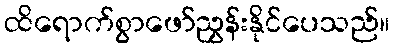
ထိရောက်စွာဖော်ညွှန်းနိုင်ပေသည်။